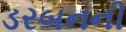
ડરબનની